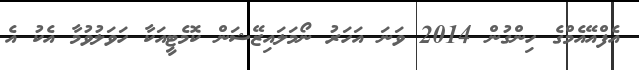
އެފްއޭއެމްގެ ހިންގުން 2014 ވަނަ އަހަރު ނޯމަލައިޒޭޝަން ކޮމެޓީއަކާ ހަވަލުވުމާ އެކު އެ